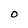
Character: o